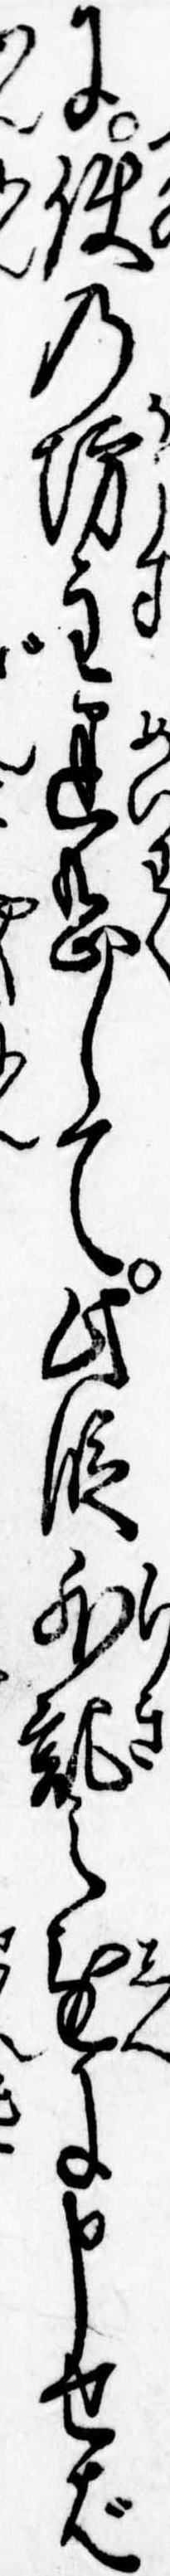
に使の坊主迷惑して此段外記之進に申せば